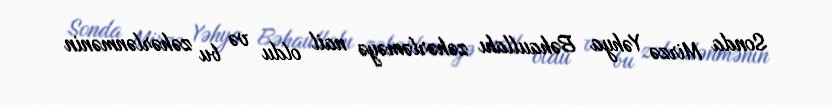
Sonda Mirzə Yəhya Bəhaullahı zəhərləməyə nail oldu və bu zəhərlənmənin